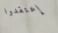
إعتقدوا